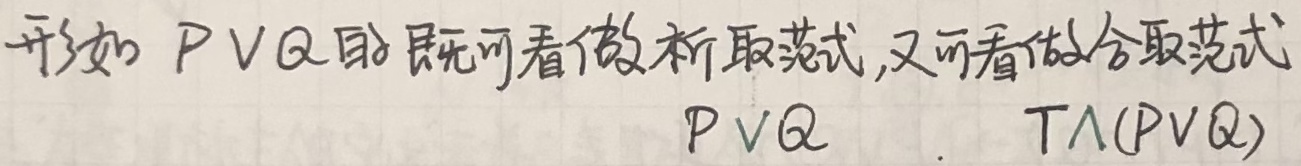
形如 \(P\vee Q\) 的既可看做析取范式，又可看做合取范式 \(P\vee Q\) ，\(T\wedge(P\vee Q)\) 。